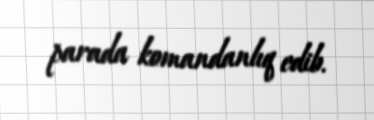
parada komandanlıq edib.